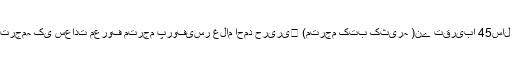
اس اہم کتاب کےترجمہ کی سعادت معروف مترجم پروفیسر غلام احمد حریری﷫ (مترجم کتب کثیرہ )نے تقریبا 45سال قبل حاصل کی ۔